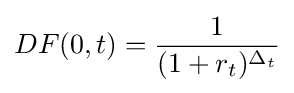
DF(0,t)={\frac {1}{(1+r_{t})^{\Delta _{t}}}}